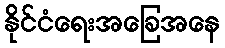
နိုင်ငံရေးအခြေအနေ